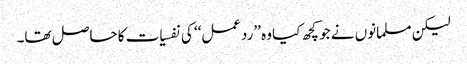
لیکن مسلمانوں نے جو کچھ کیا وہ ’’ردعمل‘‘ کی نفسیات کا حاصل تھا۔